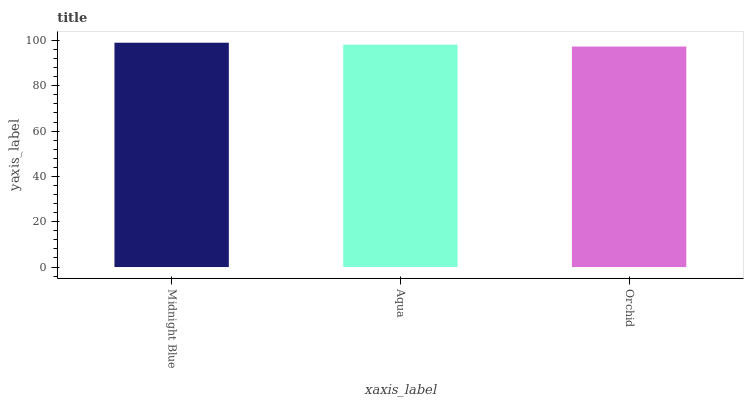
| xaxis_label | bars |
 | --- | --- |
 | Midnight Blue | 99 |
 | Aqua | 98.2 |
 | Orchid | 97.3 |